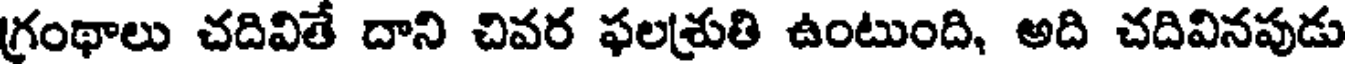
గ్రంథాలు చదివితే దాని చివర ఫలశ్రుతి ఉంటుంది, అది చదివినపుడు